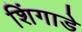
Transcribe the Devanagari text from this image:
शिंगाडे